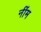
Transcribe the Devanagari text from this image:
नींम